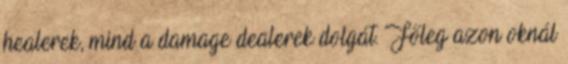
healerek, mind a damage dealerek dolgát. Főleg azon oknál